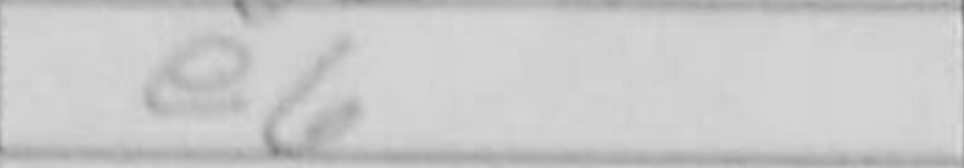
Transcription: e6